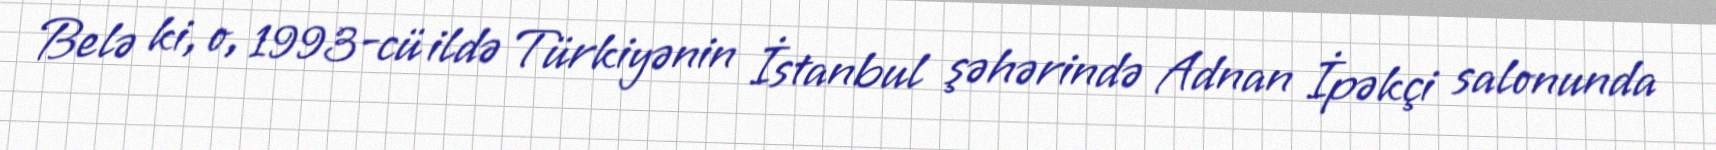
Belə ki, o, 1993-cü ildə Türkiyənin İstanbul şəhərində Adnan İpəkçi salonunda